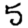
Digit: 5